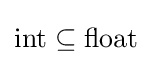
{\text{int}}\subseteq {\text{float}}